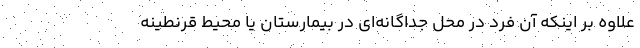
علاوه بر اینکه آن فرد در محل جداگانه‌ای در بیمارستان یا محیط قرنطینه